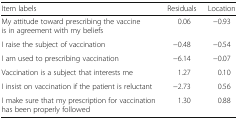
<table><thead><tr><td><b>Item labels</b></td><td><b>Residuals</b></td><td><b>Location</b></td></tr></thead><tbody><tr><td>My attitude toward prescribing the vaccine is in agreement with my beliefs</td><td>0.06</td><td>−0.93</td></tr><tr><td>I raise the subject of vaccination</td><td>−0.48</td><td>−0.54</td></tr><tr><td>I am used to prescribing vaccination</td><td>−6.14</td><td>−0.07</td></tr><tr><td>Vaccination is a subject that interests me</td><td>1.27</td><td>0.10</td></tr><tr><td>I insist on vaccination if the patient is reluctant</td><td>−2.73</td><td>0.56</td></tr><tr><td>I make sure that my prescription for vaccination has been properly followed</td><td>1.30</td><td>0.88</td></tr></tbody></table>